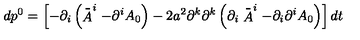
d p ^ { 0 } = \left[ - \partial _ { i } \left( \stackrel { \_ } { A } ^ { i } - \partial ^ { i } A _ { 0 } \right) - 2 a ^ { 2 } \partial ^ { k } \partial ^ { k } \left( \partial _ { i } \stackrel { \_ } { A } ^ { i } - \partial _ { i } \partial ^ { i } A _ { 0 } \right) \right] d t